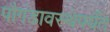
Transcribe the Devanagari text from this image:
पौगंडावस्थेपर्यंत